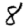
Digit: 8